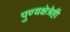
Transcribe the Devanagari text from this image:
पुण्यक्षेत्रेही